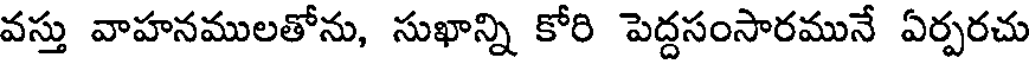
వస్తు వాహనములతోను, సుఖాన్ని కోరి పెద్దసంసారమునే ఏర్పరచు